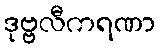
ဒုဗ္ဗလီကရဏာ